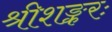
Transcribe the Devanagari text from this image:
श्रीशङ्करः